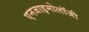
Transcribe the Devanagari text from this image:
एनजाइमोलॉजी